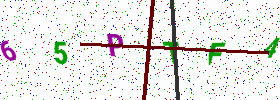
Text: 65PTF4